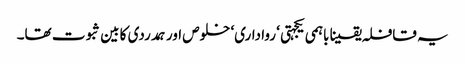
یہ قافلہ یقینا باہمی یکجہتی ‘ رواداری‘ خلوص اور ہمدردی کا بین ثبوت تھا۔